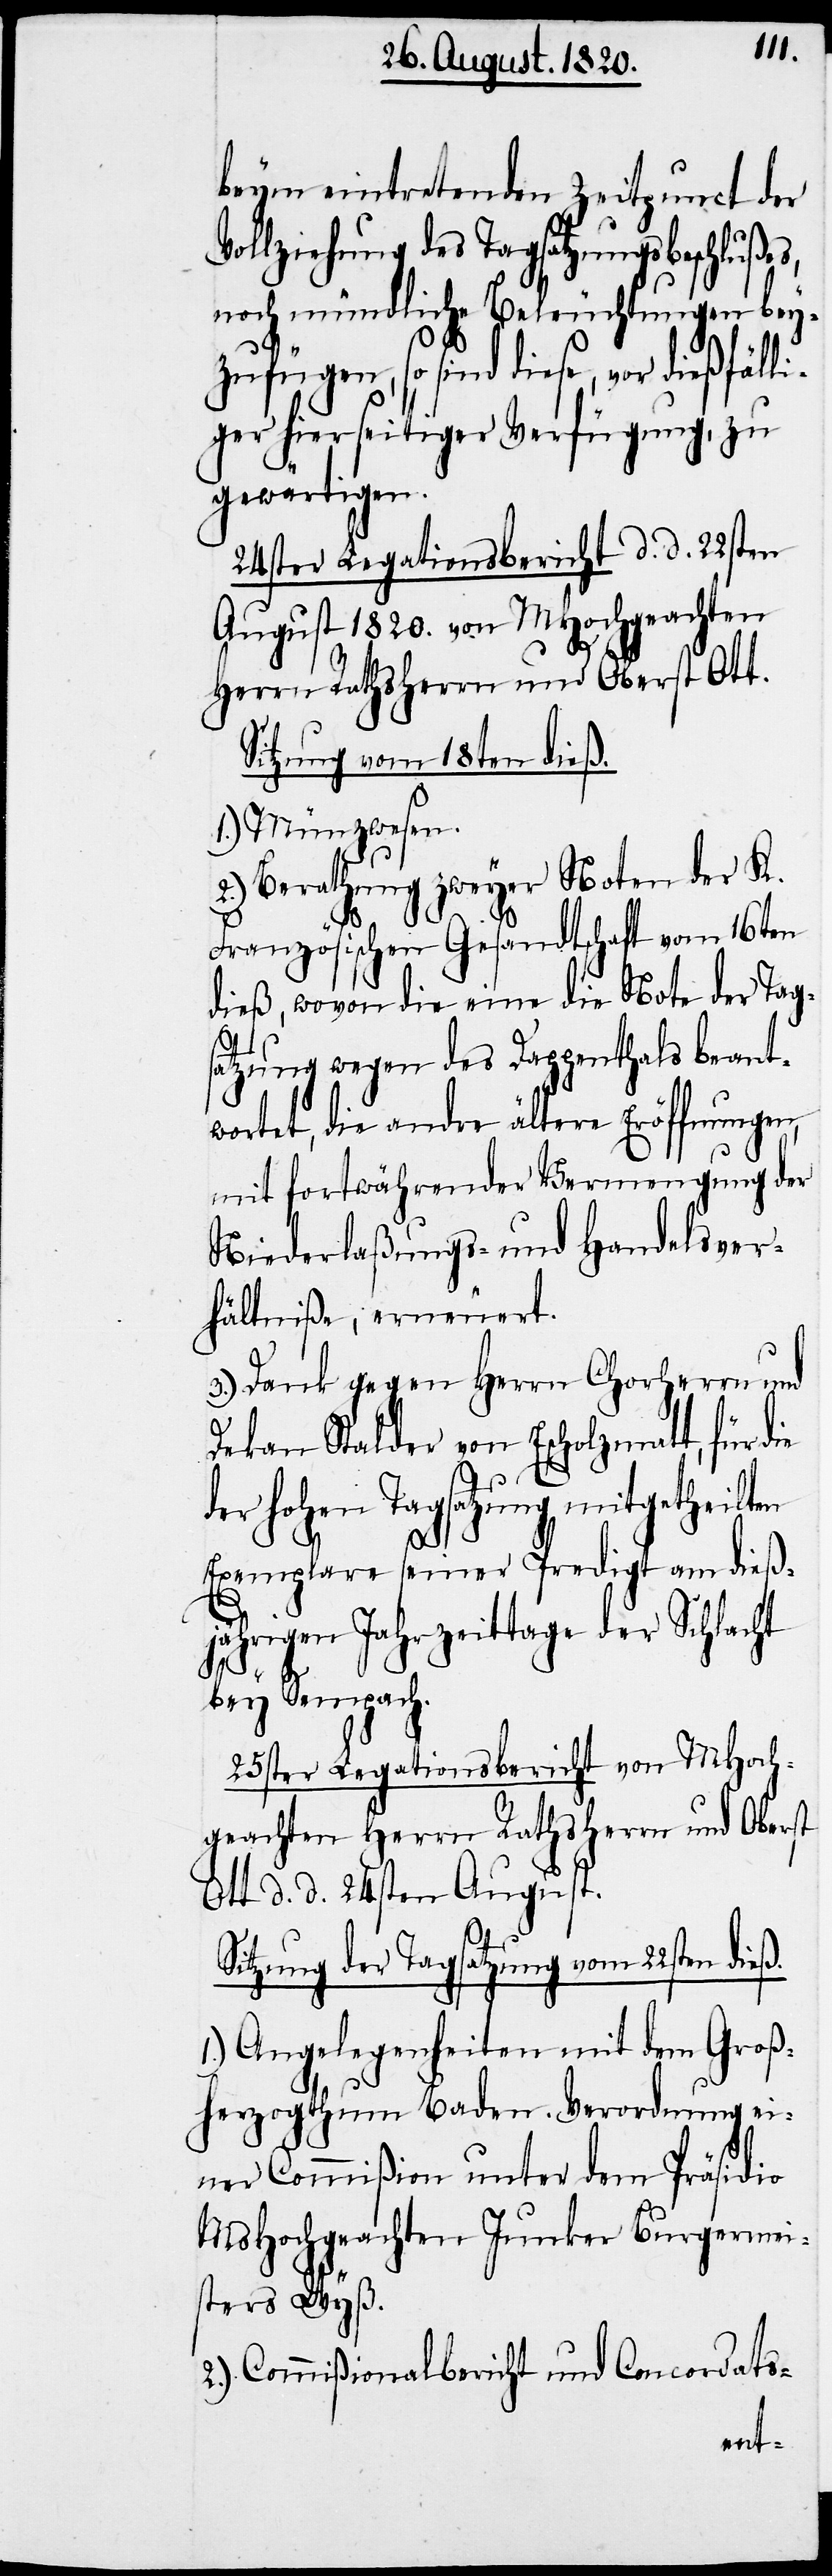
beym eintretenden Zeitpunct der
Vollziehung des Tagsatzungsbeschlußes,
noch mündliche Beleuchtungen bey¬
zufügen, so sind diese, vor dießfälli¬
ger hierseitiger Verfügung, zu
gewärtigen.
24ster Legationsbericht d. d. 22sten
August 1820. von MHochgeachten
Herrn Rathsherrn und Oberst Ott.
Sitzung vom 18ten dieß.
1.) Münzwesen.
2.) Berathung zweyer Noten der K.
Französischen Gesandtschaft vom 16ten
dieß, wovon die eine die Note der Tags¬
atzung wegen des Dappenthals beant¬
wortet, die andre ältere Eröffnungen,
mit fortwährender Vermengung der
Niederlaßungs- und Handelsver¬
hältniße, erneuert.
3.) Dank gegen Herrn Chorherrn und
Dekan Stalder von Escholzmatt, für die
der hohen Tagsatzung mitgetheilte
Exemplare seiner Predigt am dieß¬
jährigen Jahrzeittage der Schlacht
bey Sempach.
25ster Legationsbericht von MHoch¬
geachten Herrn Rathsherrn und Oberst
Ott d. d. 24sten August.
Sitzung der Tagsatzung vom 22sten dieß.
1.) Angelegenheiten mit dem Groß¬
herzogthum Baden. Verordnung ei¬
ner Commißion unter dem Präsidio
MsHochgeachten Junker Burgermei¬
ster Wyß.
2.) Commißionalbericht und Concordats-